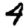
Digit: 4